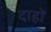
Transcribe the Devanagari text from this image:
दाहों